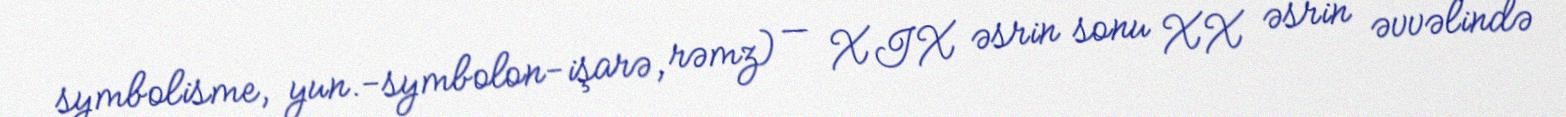
symbolisme, yun.-symbolon-işarə, rəmz) — XIX əsrin sonu XX əsrin əvvəlində